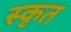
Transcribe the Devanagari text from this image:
स्कृत